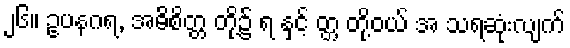
၂၆။ ဥပနဂရ, အဓိစိတ္တ တို့၌ ရ နှင့် တ္တ တို့ဝယ် အ သရဆုံးလျက်